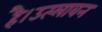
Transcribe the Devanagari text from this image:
है।उत्प्लावन